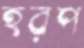
হরপ